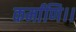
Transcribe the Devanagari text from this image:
कर्माणि।।